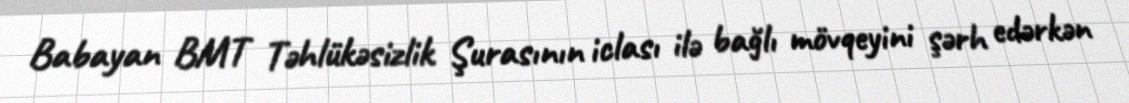
Babayan BMT Təhlükəsizlik Şurasının iclası ilə bağlı mövqeyini şərh edərkən